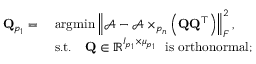
\begin{array} { r l } { \mathbf { Q } _ { p _ { 1 } } = } & { \ \mathrm { a r g m i n } \left\| \mathcal { A } - \mathcal { A } \times _ { p _ { n } } \left( { \bf Q } { \bf Q } ^ { \top } \right) \right\| _ { F } ^ { 2 } , } \\ & { \ \mathrm { s . t . } \quad \mathbf { Q } \in \mathbb { R } ^ { I _ { p _ { 1 } } \times \mu _ { p _ { 1 } } } \ \mathrm { ~ i s ~ o r t h o n o r m a l } ; } \end{array}